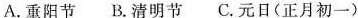
A.重阳节B.清明节C.元日(正月初一)